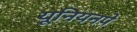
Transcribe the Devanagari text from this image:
यूनियनपे